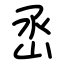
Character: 㞼